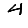
Digit: 4